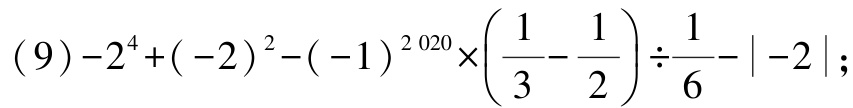
\((9)-2^{4}+(-2)^{2}-(-1)^{2020}\times\left(\dfrac{1}{3}-\dfrac{1}{2}\right)\div\dfrac{1}{6}-\vert -2\vert;\)